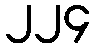
၂၂၄